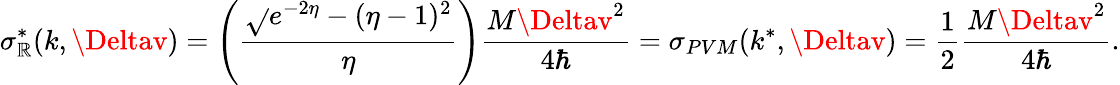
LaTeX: \sigma_{\mathbb{R}}^{*}(k,\Deltav)=\left(\frac{{\sqrt{}{{e^{-2\eta}-(\eta-1)^{2}}}}}{{\eta}}\right)\frac{{M\Deltav^{2}}}{{4\hbar}}=\sigma_{PVM}(k^{*},\Deltav)=\frac{{1}}{{2}}\frac{{M\Deltav^{2}}}{{4\hbar}}.